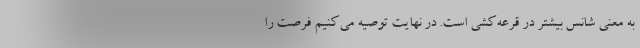
به معنی شانس بیشتر در قرعه‌کشی است. در نهایت توصیه می‌کنیم فرصت را